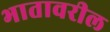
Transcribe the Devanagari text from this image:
भातावरील